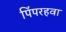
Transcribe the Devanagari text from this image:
पिंपरहवा